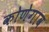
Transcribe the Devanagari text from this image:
कोणेगाव